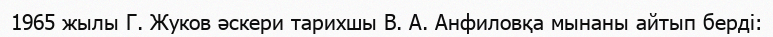
1965 жылы Г. Жуков әскери тарихшы В. А. Анфиловқа мынаны айтып берді: